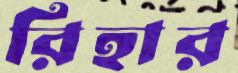
রিহার